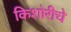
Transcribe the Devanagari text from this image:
किशोरीचे